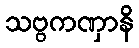
သဗ္ဗကဏှာနိ